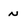
Character: n